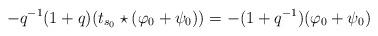
LaTeX: \begin{align*}-q^{-1}(1+q)(t_{s_0}\star(\varphi_0+\psi_0))=-(1+q^{-1})(\varphi_0+\psi_0)\end{align*}